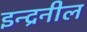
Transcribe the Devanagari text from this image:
इन्द्रनील